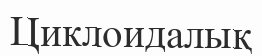
Циклоидалық